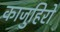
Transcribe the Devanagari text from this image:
काजुहिरो